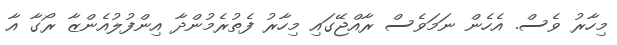
މިހާރު ވެސް. އެހެން ނަމަވެސް ރާއްޖޭގައި މިހާރު ފެތުރެމުންދާ އިންފުލުއެންޒާ ރޯގާ އާ